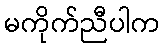
မကိုက်ညီပါက